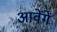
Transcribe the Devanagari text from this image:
आवेंगें